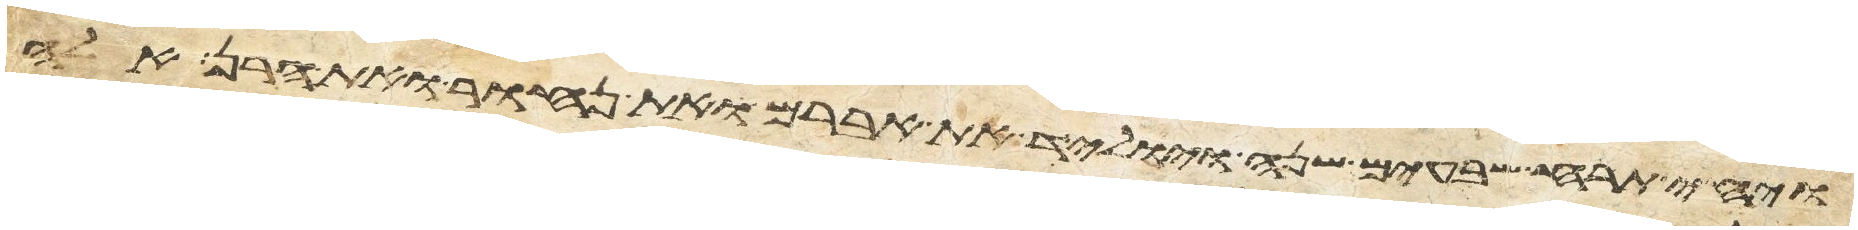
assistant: ויחי תרח שבעים שנה ויוליד את אברם ואת נחור ואת הרן אלה